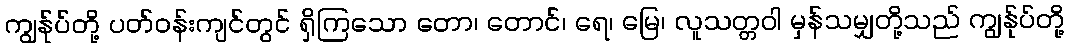
ကျွန်ုပ်တို့ ပတ်ဝန်းကျင်တွင် ရှိကြသော တော၊ တောင်၊ ရေ၊ မြေ၊ လူသတ္တဝါ မှန်သမျှတို့သည် ကျွန်ုပ်တို့